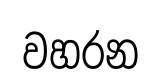
වහරන